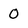
Character: O